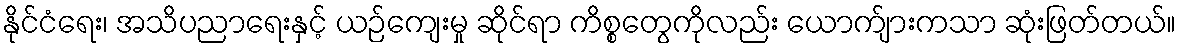
နိုင်ငံရေး၊ အသိပညာရေးနှင့် ယဉ်ကျေးမှု ဆိုင်ရာ ကိစ္စတွေကိုလည်း ယောက်ျားကသာ ဆုံးဖြတ်တယ်။